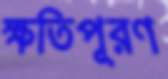
ক্ষতিপূরণ